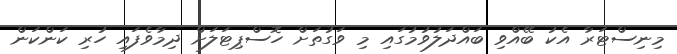
މިނިސްޓަރާ އެކު ބޭއްވި ބައްދަލުވުމުގައި މި ވަގުތަށް ހޮސްޕިޓަލަށް ދިމާވެފައި ހުރި ކަންކަން